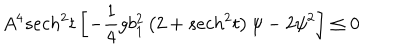
A ^ { 4 } s e c h ^ { 2 } t \left[ - \frac { 1 } { 4 } g b _ { 1 } ^ { 2 } \left( 2 + s e c h ^ { 2 } t \right) \psi - 2 \psi ^ { 2 } \right] \le 0